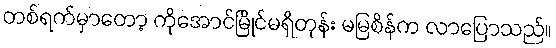
တစ်ရက်မှာတော့ ကိုအောင်မြိုင်မရှိတုန်း မမြစိန်က လာပြောသည်။